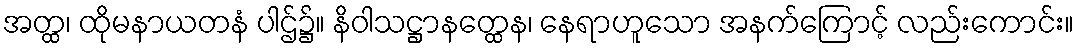
အတ္ထ၊ ထိုမနာယတနံ ပါဌ်၌။ နိဝါသဋ္ဌာနတ္ထေန၊ နေရာဟူသော အနက်ကြောင့် လည်းကောင်း။